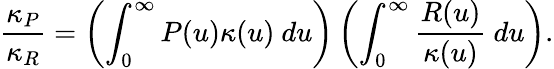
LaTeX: \frac{\kappa_{P}}{\kappa_{R}}=\left(\int_{0}^{\infty}P(u)\kappa(u)~du\right)\left(\int_{0}^{\infty}\frac{R(u)}{\kappa(u)}~du\right).